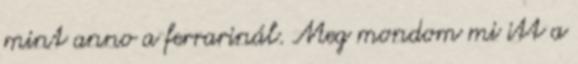
mint anno a ferrarinál. Meg mondom mi itt a